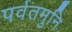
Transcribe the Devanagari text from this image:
पर्वतमुनि